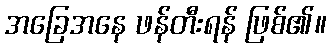
အခြေအနေ ဖန်တီးရန် ဖြစ်၏။